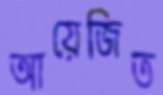
আয়েজিত